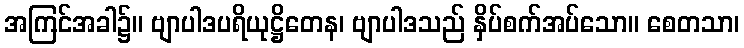
အကြင်အခါ၌။ ဗျာပါဒပရိယုဋ္ဌိတေန၊ ဗျာပါဒသည် နှိပ်စက်အပ်သော။ စေတသာ၊